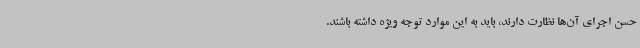
حسن اجرای آن‌ها نظارت دارند، باید به این موارد توجه ویژه داشته باشند.